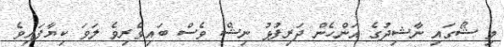
މި ޝޯގައި ނާޝިދުގެ އަންހެން ދަރިފުޅު ނިޝް ވެސް ބައިވެރިވެ ލަވަ ކިޔާފައިވެ